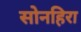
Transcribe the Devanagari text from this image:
सोनहिरा